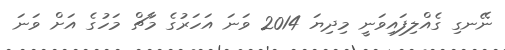
ނޭނގި ގެއްލިފައިވަނީ މިދިޔަ 2014 ވަނަ އަހަރުގެ މާޗް މަހުގެ އަށް ވަނަ